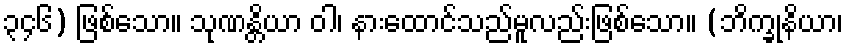
၃၄၆) ဖြစ်သော။ သုဏန္တိယာ ဝါ၊ နားထောင်သည်မူလည်းဖြစ်သော။ (ဘိက္ခုနိယာ၊